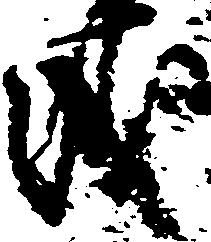
儀